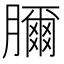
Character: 𦢈